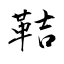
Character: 鞊